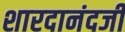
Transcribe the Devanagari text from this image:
शारदानंदजी